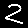
Digit: 2